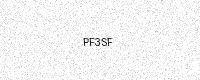
Text: PF3SF